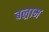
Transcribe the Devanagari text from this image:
बल्राम